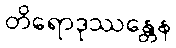
တိရောဒုဿန္တေန